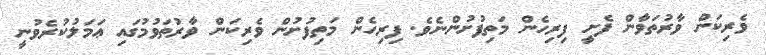
ވެރިކަން ވާރުތަވާން ފެށީ ފިރިހެން މަތިފުށުންނެވެ. ފިރިހެން މަތިފުށުން ވެރިކަން ވާރުތަވުމުގައި ޢަމަލުކުރެވުނީ